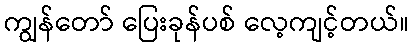
ကျွန်တော် ပြေးခုန်ပစ် လေ့ကျင့်တယ်။